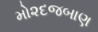
મો૨દજબાણ